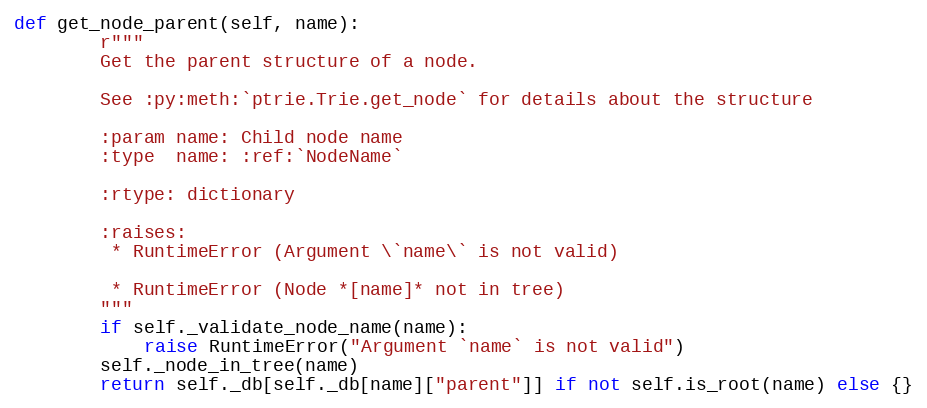
Language: Python
def get_node_parent(self, name):
        r"""
        Get the parent structure of a node.

        See :py:meth:`ptrie.Trie.get_node` for details about the structure

        :param name: Child node name
        :type  name: :ref:`NodeName`

        :rtype: dictionary

        :raises:
         * RuntimeError (Argument \`name\` is not valid)

         * RuntimeError (Node *[name]* not in tree)
        """
        if self._validate_node_name(name):
            raise RuntimeError("Argument `name` is not valid")
        self._node_in_tree(name)
        return self._db[self._db[name]["parent"]] if not self.is_root(name) else {}